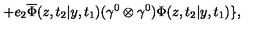
+ e _ { 2 } \overline { { \Phi } } ( z , t _ { 2 } | y , t _ { 1 } ) ( { \gamma } ^ { 0 } \otimes { \gamma } ^ { 0 } ) { \Phi } ( z , t _ { 2 } | y , t _ { 1 } ) \} ,